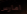
امارس